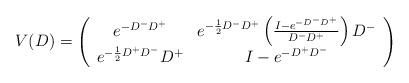
LaTeX: \begin{align*}V (D)=\left( \begin{array}{cc} e^{-D^- D^+} & e^{-\frac{1}{2}D^- D^+}\left( \frac{I- e^{-D^- D^+}}{D^- D^+} \right) D^-\\e^{-\frac{1}{2}D^+ D^-}D^+& I- e^{-D^+ D^-}\end{array} \right)\end{align*}